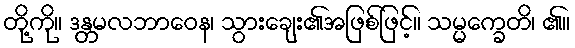
တို့ကို။ ဒန္တမလဘာဝေန၊ သွားချေး၏အဖြစ်ဖြင့်။ သမ္မက္ခေတိ၊ ၏။